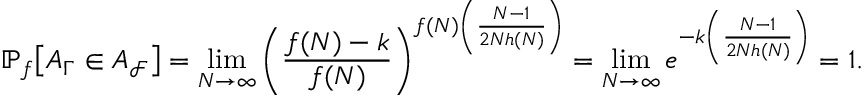
\mathbb { P } _ { f } \big [ A _ { \Gamma } \in A _ { \mathcal { F } } \big ] = \operatorname* { l i m } _ { N \rightarrow \infty } \left( \frac { f ( N ) - k } { f ( N ) } \right) ^ { f ( N ) \left( \frac { N - 1 } { 2 N h ( N ) } \right) } = \operatorname* { l i m } _ { N \rightarrow \infty } e ^ { - k \left( \frac { N - 1 } { 2 N h ( N ) } \right) } = 1 .